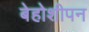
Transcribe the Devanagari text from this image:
बेहोशीपन